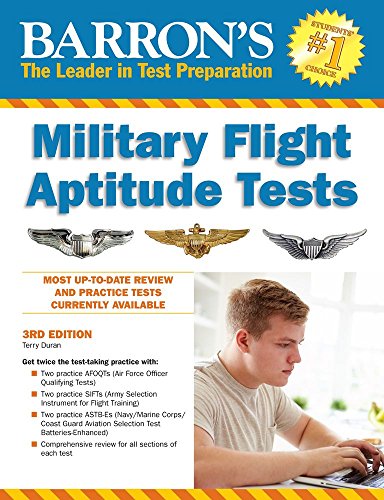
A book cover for Barron's Military Flight Aptitude Tests, 3rd Edition; Terry Duran; Test Preparation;